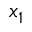
x _ { 1 }